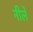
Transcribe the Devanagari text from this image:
नीले